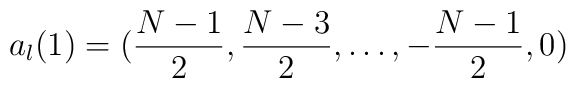
a_l(1) = ({N -1 \over 2},{N - 3 \over 2}, \dots, -{N-1 \over 2}, 0)